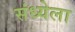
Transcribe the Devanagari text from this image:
संध्येला